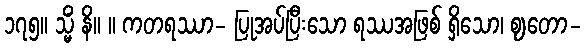
၁၇၅။ သ္မိံ နိ။ ။ ကတရဿာ- ပြုအပ်ပြီးသော ရဿအဖြစ် ရှိသော၊ ဈတော-